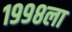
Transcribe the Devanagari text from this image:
१९९८ला